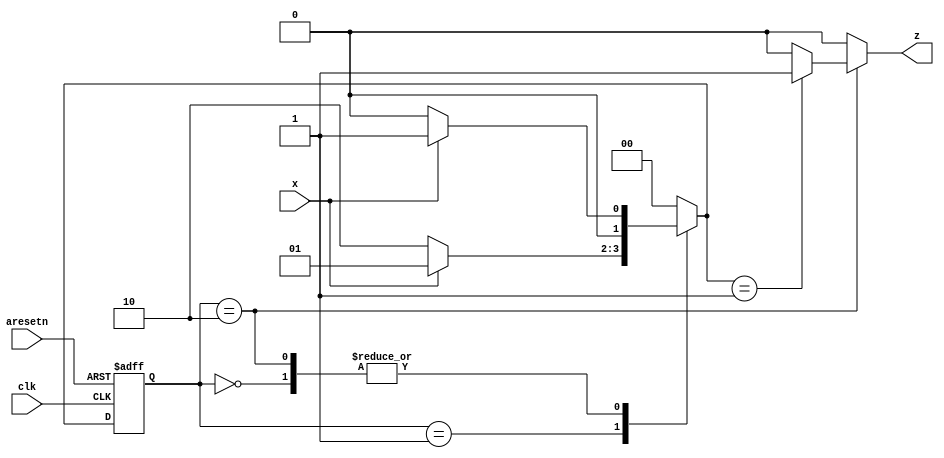
module top_module (
    input clk,
    input aresetn,    // Asynchronous active-low reset
    input x,
    output z ); 

    localparam 	IDLE=0, ONE=1, ZERO=2;
    reg	[1:0]	current_state, next_state;
    
    always @ ( posedge clk, negedge aresetn ) begin
        if ( !aresetn )
            current_state <= IDLE;
        else
            current_state <= next_state;
    end
    
    always @ (*) begin
        next_state = IDLE;
        case ( current_state )
            IDLE:	next_state = x ? ONE : IDLE;
            ONE:	next_state = x ? ONE : ZERO;
            ZERO:	next_state = x ? ONE : IDLE;
        endcase
    end
    
    always @ (*) begin
        z = 1'b0;
        case ( current_state )
            IDLE:	z = 1'b0;
            ONE:	z = 1'b0;
            ZERO:	z = (next_state == ONE) ? 1'b1 : 1'b0;
        endcase
    end
    
endmodule